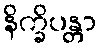
နိက္ခိပန္တာ